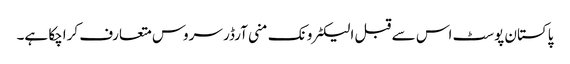
پاکستان پوسٹ اس سے قبل الیکٹرونک منی آرڈر سروس متعارف کراچکا ہے۔